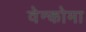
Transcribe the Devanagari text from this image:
वेन्कोमा